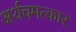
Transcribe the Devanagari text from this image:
अर्थचमत्कार